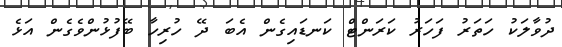
ދުވާލަކު ހަތަރު ފަހަރު ކަރަންޓް ކަނޑައިގެން އެބަ ދޭ ހުރިހާ ބޭފުޅުންވެގެން އަޅެ